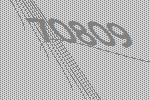
70809